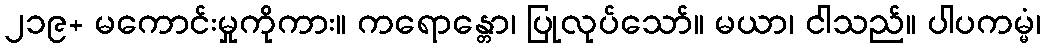
၂၁၉+ မကောင်းမှုကိုကား။ ကရောန္တော၊ ပြုလုပ်သော်။ မယာ၊ ငါသည်။ ပါပကမ္မံ၊